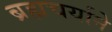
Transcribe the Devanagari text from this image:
ब्रह्मचर्याने